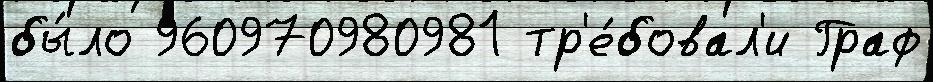
бы́ло 960970980981 тр'е́бовал'и Граф